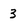
Character: 3